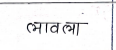
मजकूर: लावला